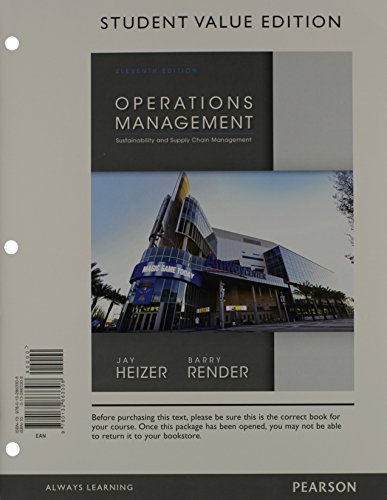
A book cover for Operations Management, Student Value Edition Plus NEW MyOMLab with Pearson eText -- Access Card Package (11th Edition); Jay Heizer; Business & Money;